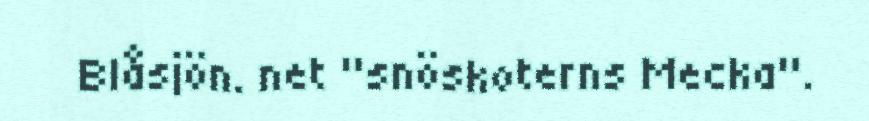
Blåsjön. net "snöskoterns Mecka".